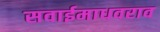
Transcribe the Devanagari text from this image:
सवाईमाधवराव